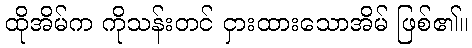
ထိုအိမ်က ကိုသန်းတင် ငှားထားသောအိမ် ဖြစ်၏။